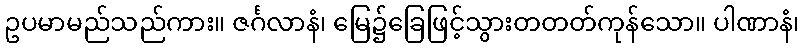
ဥပမာမည်သည်ကား။ ဇင်္ဂလာနံ၊ မြေ၌ခြေဖြင့်သွားတတတ်ကုန်သော။ ပါဏာနံ၊